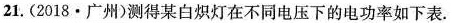
21.(2018·广州)测得某白炽灯在不同电压下的电功率如下表.